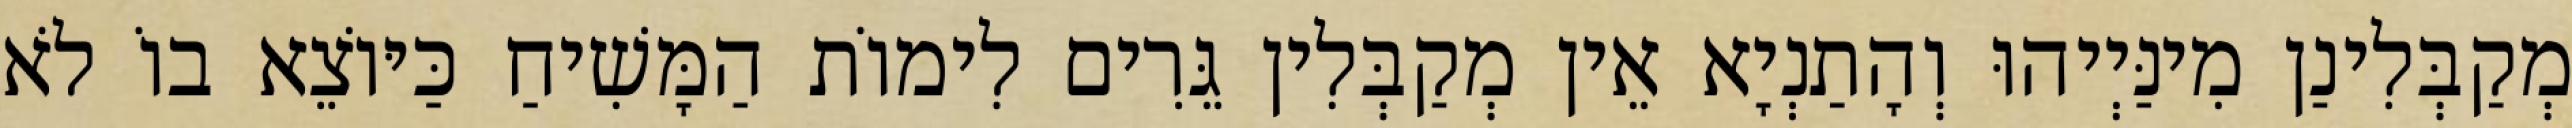
מְקַבְּלִינַן מִינַּיְיהוּ וְהָתַנְיָא אֵין מְקַבְּלִין גֵּרִים לִימוֹת הַמָּשִׁיחַ כַּיּוֹצֵא בוֹ לֹא